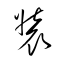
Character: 裝